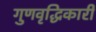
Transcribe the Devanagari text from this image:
गुणवृद्धिकारी